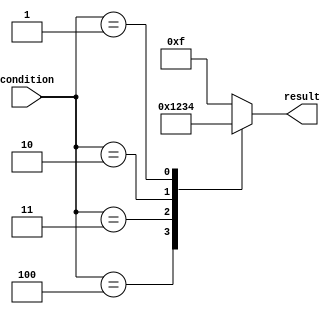
module priority_case_statement (
    input [2:0] condition,
    output reg [3:0] result
);

always @*
begin
    case (condition)
        3'b100: result = 4'b0001; //Highest priority condition
        3'b011: result = 4'b0010;
        3'b010: result = 4'b0011;
        3'b001: result = 4'b0100;
        default: result = 4'b1111; //Default condition
    endcase
end

endmodule